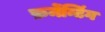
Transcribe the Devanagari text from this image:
फ़र्मेन्टिंग